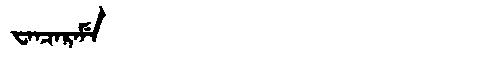
Manchu: ᠸᠠᠨᠴᠠᡵᠠᠮᡝ
Romanization: WANCARAME